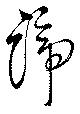
諦